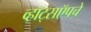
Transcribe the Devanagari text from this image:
व्हॉट्सऍपचे